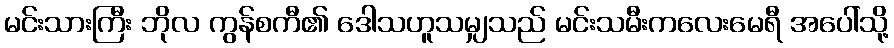
မင်းသားကြီး ဘိုလ ကွန်စကီ၏ ဒေါသဟူသမျှသည် မင်းသမီးကလေးမေရီ အပေါ်သို့